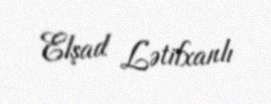
Elşad Lətifxanlı